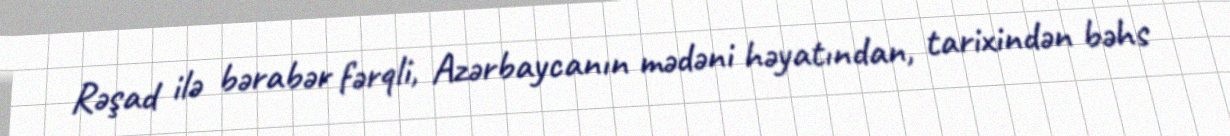
Rəşad ilə bərabər fərqli, Azərbaycanın mədəni həyatından, tarixindən bəhs